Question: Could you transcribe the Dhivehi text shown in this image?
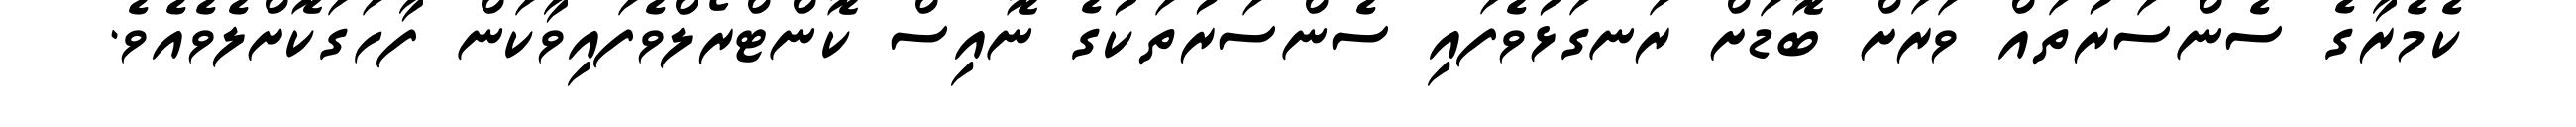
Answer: ކެމެރާގެ ސެންސަރުތައް ވަރަށް ބޮޑަށް ރަނގަޅުވެފައި ސެންސަރުތަކުގެ ނޮއިސް ކޮންޓްރޯލްވެފައިވާކަން ފާހަގަކޮށްލެވެއެވެ.